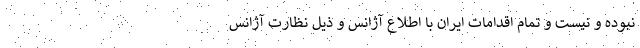
نبوده و نیست و تمام اقدامات ایران با اطلاع آژانس و ذیل نظارت آژانس